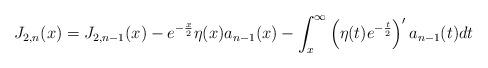
LaTeX: \begin{align*}J_{2,n}(x)=J_{2,n-1}(x)-e^{-\frac{x}{2}}\eta(x)a_{n-1}(x)-\int_{x}^{\infty}\left( \eta(t)e^{-\frac{t}{2}}\right) ^{\prime}a_{n-1}(t)dt\end{align*}